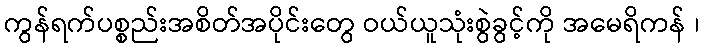
ကွန်ရက်ပစ္စည်းအစိတ်အပိုင်းတွေ ဝယ်ယူသုံးစွဲခွင့်ကို အမေရိကန် ၊